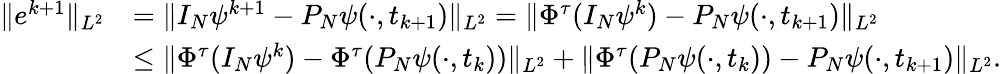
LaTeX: \begin{array}{rl}{\| e^{k+1}\| _{L^{2}}}&{=\| I_{N}\psi^{k+1}-P_{N}\psi(\cdot,t_{k+1})\| _{L^{2}}=\| \Phi^{\tau}(I_{N}\psi^{k})-P_{N}\psi(\cdot,t_{k+1})\| _{L^{2}}}\\ &{\leq\| \Phi^{\tau}(I_{N}\psi^{k})-\Phi^{\tau}(P_{N}\psi(\cdot,t_{k}))\| _{L^{2}}+\| \Phi^{\tau}(P_{N}\psi(\cdot,t_{k}))-P_{N}\psi(\cdot,t_{k+1})\| _{L^{2}}.}\end{array}